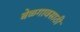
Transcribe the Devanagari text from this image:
बेळगावसाठी